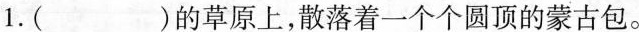
1.( )的草原上，散落着一个个圆顶的蒙古包。